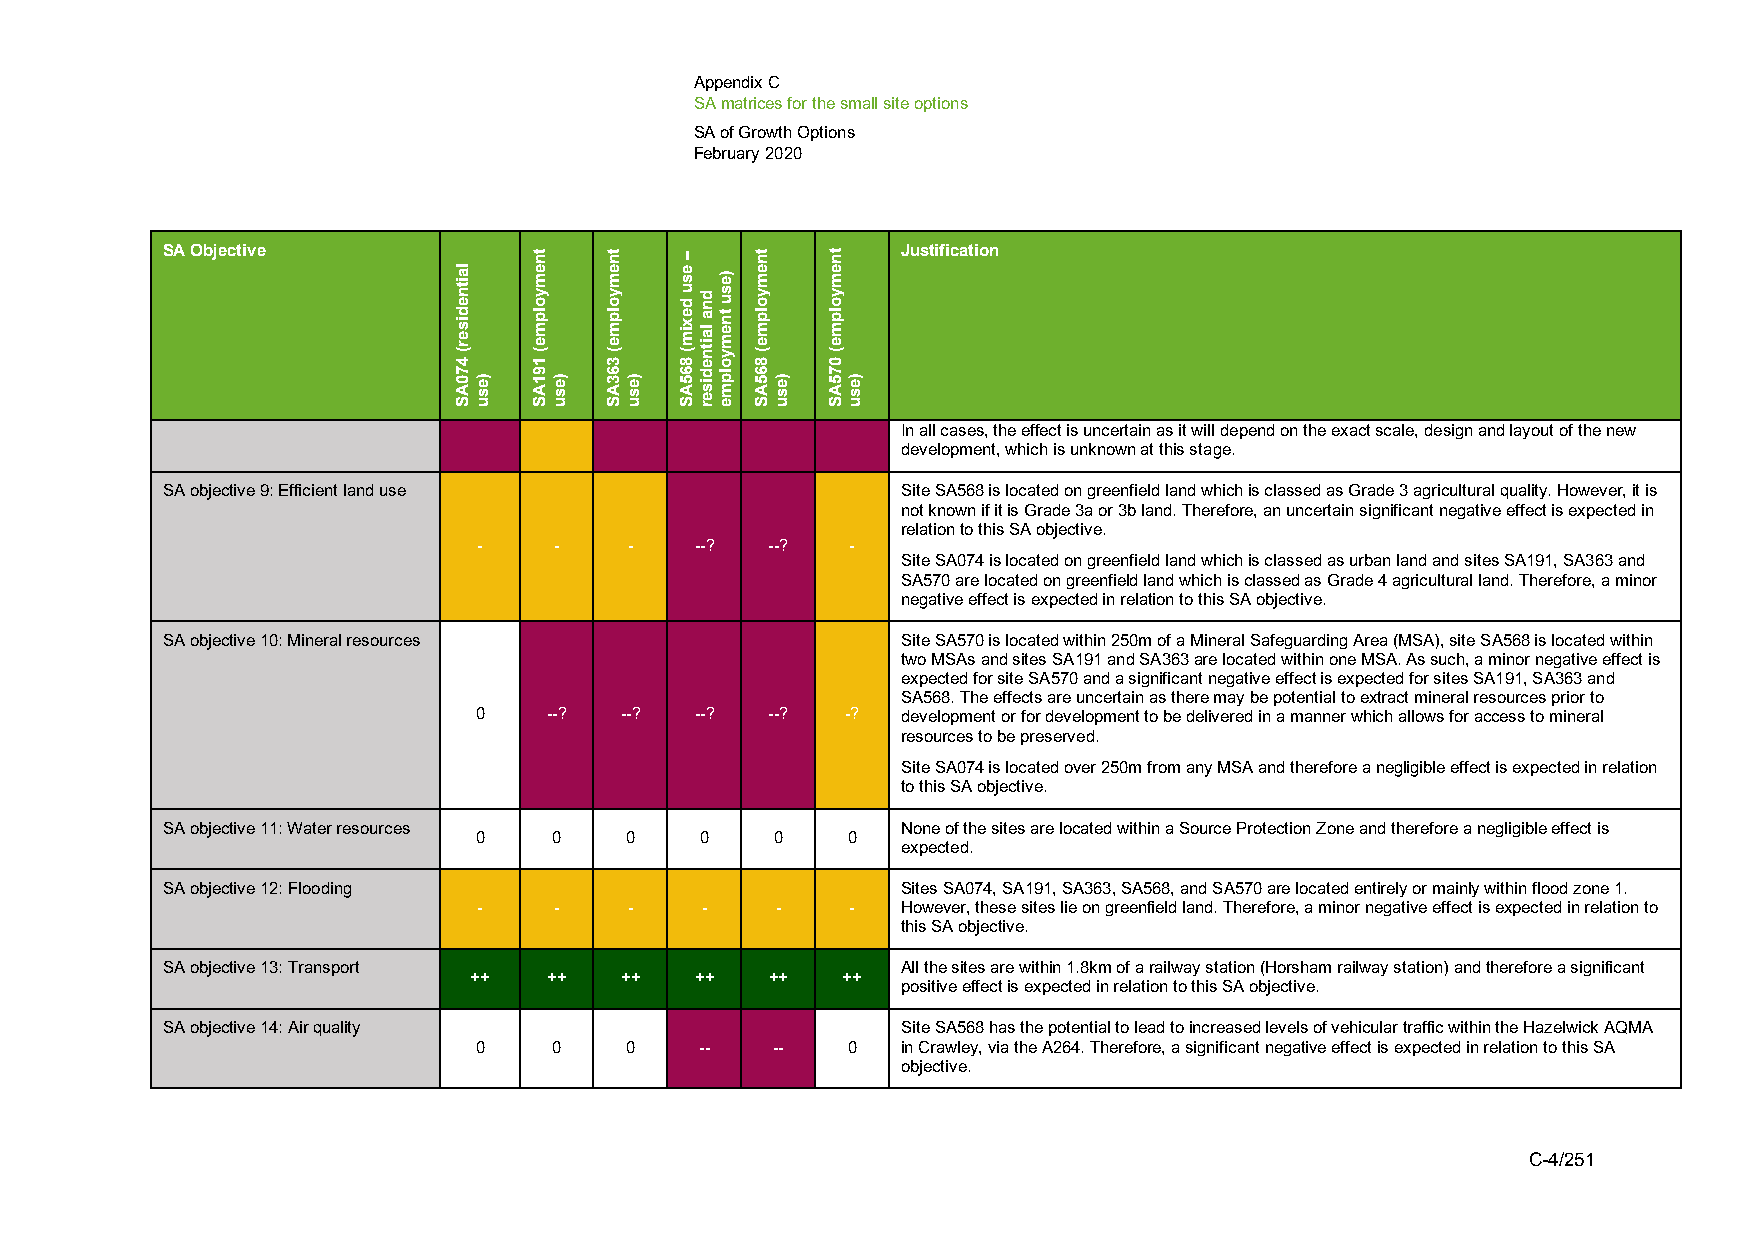
Appendix C
 SA matrices for the small site options
 SA of Growth Options
 February 2020
 SA Objective                                     Justification
 In all cases, the effect is uncertain as it will depend on the exact scale, design and layout of the new
 development, which is unknown at this stage.
 SA objective 9: Efficient land use               Site SA568 is located on greenfield land which is classed as Grade 3 agricultural quality. However, it is
 not known if it is Grade 3a or 3b land. Therefore, an uncertain significant negative effect is expected in
 relation to this SA objective.
 -    -    -   --?  --?  -
 Site SA074 is located on greenfield land which is classed as urban land and sites SA191, SA363 and
 SA570 are located on greenfield land which is classed as Grade 4 agricultural land. Therefore, a minor
 negative effect is expected in relation to this SA objective.
 SA objective 10: Mineral resources               Site SA570 is located within 250m of a Mineral Safeguarding Area (MSA), site SA568 is located within
 two MSAs and sites SA191 and SA363 are located within one MSA. As such, a minor negative effect is
 expected for site SA570 and a significant negative effect is expected for sites SA191, SA363 and
 SA568. The effects are uncertain as there may be potential to extract mineral resources prior to
 0    --?  --?  --?  --?  -?  development or for development to be delivered in a manner which allows for access to mineral
 resources to be preserved.
 Site SA074 is located over 250m from any MSA and therefore a negligible effect is expected in relation
 to this SA objective.
 SA objective 11: Water resources                 None of the sites are located within a Source Protection Zone and therefore a negligible effect is
 0     0   0    0    0    0
 expected.
 SA objective 12: Flooding                        Sites SA074, SA191, SA363, SA568, and SA570 are located entirely or mainly within flood zone 1.
 -    -    -   -    -    -   However, these sites lie on greenfield land. Therefore, a minor negative effect is expected in relation to
 this SA objective.
 SA objective 13: Transport                       All the sites are within 1.8km of a railway station (Horsham railway station) and therefore a significant
 ++   ++   ++   ++   ++   ++
 positive effect is expected in relation to this SA objective.
 SA objective 14: Air quality                     Site SA568 has the potential to lead to increased levels of vehicular traffic within the Hazelwick AQMA
 0     0   0    --   --   0   in Crawley, via the A264. Therefore, a significant negative effect is expected in relation to this SA
 objective.
 C-4/251
 laitnediser(
 470AS
 )esu
 tnemyolpme(
 191AS
 )esu
 tnemyolpme(
 363AS
 )esu
 –
 esu
 dexim(
 865AS
 dna
 laitnediser
 )esu
 tnemyolpme
 tnemyolpme(
 865AS
 )esu
 tnemyolpme(
 075AS
 )esu